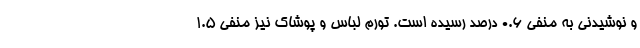
و نوشیدنی به منفی ۰.۶ درصد رسیده است. تورم لباس و پوشاک نیز منفی ۱.۵